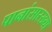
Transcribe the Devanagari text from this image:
पानांसारख्या